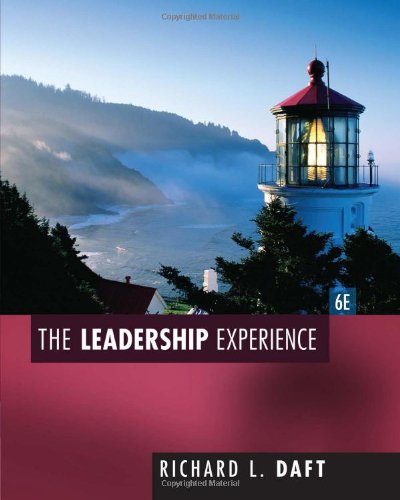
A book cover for The Leadership Experience; Richard L. Daft; Business & Money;